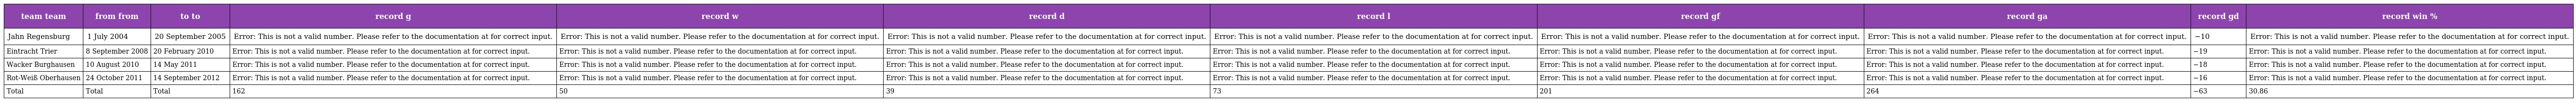
| team team | from from | to to | record g | record w | record d | record l | record gf | record ga | record gd | record win % |
 | --- | --- | --- | --- | --- | --- | --- | --- | --- | --- | --- |
 | Jahn Regensburg | 1 July 2004 | 20 September 2005 | Error: This is not a valid number. Please refer to the documentation at for correct input. | Error: This is not a valid number. Please refer to the documentation at for correct input. | Error: This is not a valid number. Please refer to the documentation at for correct input. | Error: This is not a valid number. Please refer to the documentation at for correct input. | Error: This is not a valid number. Please refer to the documentation at for correct input. | Error: This is not a valid number. Please refer to the documentation at for correct input. | −10 | Error: This is not a valid number. Please refer to the documentation at for correct input. |
 | Eintracht Trier | 8 September 2008 | 20 February 2010 | Error: This is not a valid number. Please refer to the documentation at for correct input. | Error: This is not a valid number. Please refer to the documentation at for correct input. | Error: This is not a valid number. Please refer to the documentation at for correct input. | Error: This is not a valid number. Please refer to the documentation at for correct input. | Error: This is not a valid number. Please refer to the documentation at for correct input. | Error: This is not a valid number. Please refer to the documentation at for correct input. | −19 | Error: This is not a valid number. Please refer to the documentation at for correct input. |
 | Wacker Burghausen | 10 August 2010 | 14 May 2011 | Error: This is not a valid number. Please refer to the documentation at for correct input. | Error: This is not a valid number. Please refer to the documentation at for correct input. | Error: This is not a valid number. Please refer to the documentation at for correct input. | Error: This is not a valid number. Please refer to the documentation at for correct input. | Error: This is not a valid number. Please refer to the documentation at for correct input. | Error: This is not a valid number. Please refer to the documentation at for correct input. | −18 | Error: This is not a valid number. Please refer to the documentation at for correct input. |
 | Rot-Weiß Oberhausen | 24 October 2011 | 14 September 2012 | Error: This is not a valid number. Please refer to the documentation at for correct input. | Error: This is not a valid number. Please refer to the documentation at for correct input. | Error: This is not a valid number. Please refer to the documentation at for correct input. | Error: This is not a valid number. Please refer to the documentation at for correct input. | Error: This is not a valid number. Please refer to the documentation at for correct input. | Error: This is not a valid number. Please refer to the documentation at for correct input. | −16 | Error: This is not a valid number. Please refer to the documentation at for correct input. |
 | Total | Total | Total | 162 | 50 | 39 | 73 | 201 | 264 | −63 | 30.86 |